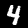
Digit: 4